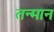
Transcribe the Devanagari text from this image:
तन्मान